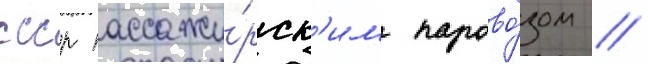
ссср пассажи́рск'им парово́зом //